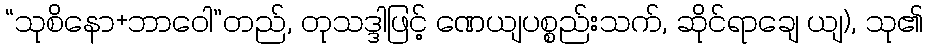
“သုစိနော+ဘာဝေါ”တည်, တုသဒ္ဒါဖြင့် ဏေယျပစ္စည်းသက်, ဆိုင်ရာချေ ယျ), သု၏